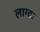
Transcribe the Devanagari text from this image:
लाग्दा